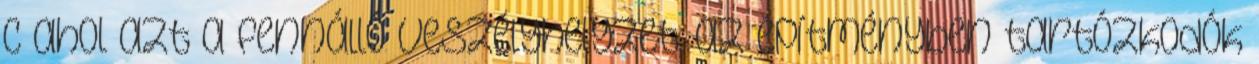
c ahol azt a fennálló veszélyhelyzet, az építményben tartózkodók